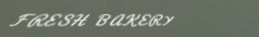
FRESH BAKERY